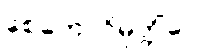
စေတောဝိမုတ္တိံပေ